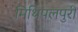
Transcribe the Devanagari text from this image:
मिथिपलपुरी